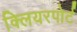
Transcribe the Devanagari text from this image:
क्लियरपोर्ट